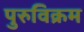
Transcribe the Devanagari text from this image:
पुरुविक्रम